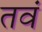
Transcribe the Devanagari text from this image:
तवं